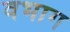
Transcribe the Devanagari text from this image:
वभाग